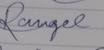
Signature authenticity: genuine